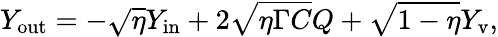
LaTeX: Y_{\mathrm{out}}=-\sqrt{\eta}Y_{\mathrm{in}}+2\sqrt{\eta\Gamma C}Q+\sqrt{1-\eta}Y_{\mathrm{v}},